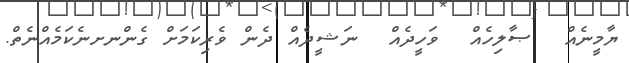
ޔާމީނެއް  ޞާލިހެއް  ވަހީދެއް  ނަޝީދެއް ދެން ވެރިކަމަށް ގެންނށނެކަމެއްނެތް.